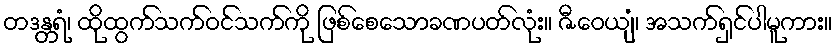
တဒန္တရံ၊ ထိုထွက်သက်ဝင်သက်ကို ဖြစ်စေသောခဏပတ်လုံး။ ဇီဝေယျံ၊ အသက်ရှင်ပါမူကား။